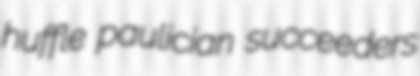
huffle paulician succeeders